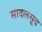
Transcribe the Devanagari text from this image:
सादलसूद